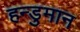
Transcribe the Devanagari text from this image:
हन्डुमान